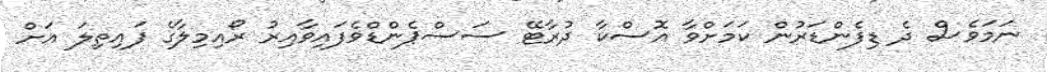
ނަމަވެސް ދެ ޑިފެންޑަރުން ކަމަށްވާ އޮސްކާ ދުރާޓޭ ސަސްޕެންޑްވެފައިވާއިރު ރޯއިމިލާގެ ފައިތިލަ އަށް